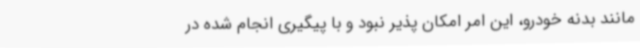
مانند بدنه خودرو، این امر امکان پذیر نبود و با پیگیری انجام شده در